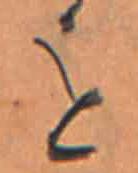
を